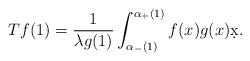
LaTeX: \begin{align*}Tf(1) = \frac{1}{ \lambda g(1)}\int_{\alpha_-(1)}^{\alpha_+(1)} f(x) g(x) \d x. \end{align*}